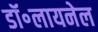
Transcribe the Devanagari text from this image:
डॉ॰लायनेल